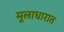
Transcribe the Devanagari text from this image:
मूलाधारात